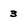
Character: 3